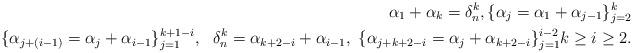
LaTeX: \begin{align*} \alpha_1+\alpha_k= \delta_n^k, \{\alpha_j= \alpha_1+\alpha_{j-1}\}_{j=2}^k \\ \{\alpha_{j+(i-1)}= \alpha_j+\alpha_{i-1}\}_{j=1}^{k+1-i}, \ \ \delta_{n}^k=\alpha_{k+2-i}+\alpha_{i-1}, \ \{\alpha_{j+k+2-i} = \alpha_{j} + \alpha_{k+2-i} \}_{j=1}^{i-2} k\geq i \geq 2. \end{align*}